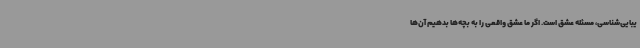
یبایی‌شناسی، مسئله عشق است. اگر ما عشق واقعی را به بچه‌ها بدهیم آن‌ها